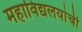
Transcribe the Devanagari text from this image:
महाविद्यलयांची